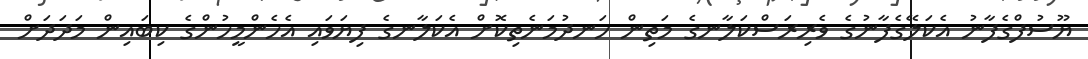
ޔޫސުފްގެފާނު އެކަލޭގެފާނުގެ ވެރިރަސްކަލާނގެ މަތިން ހަނދުމަނެތިކޮށް އެކަލާނގެ ފިޔަވައި އެހެންމީހުންގެ ކިބައިން މަދަދަށް